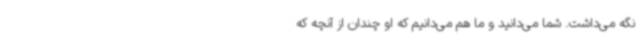
نگه می‌داشت. شما می‌دانید و ما هم می‌دانیم که او چندان از آنچه که